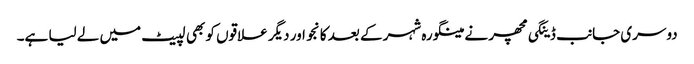
دوسری جانب ڈینگی مچھر نے مینگورہ شہر کے بعد کانجو اور دیگر علاقوں کو بھی لپیٹ میں لے لیا ہے۔